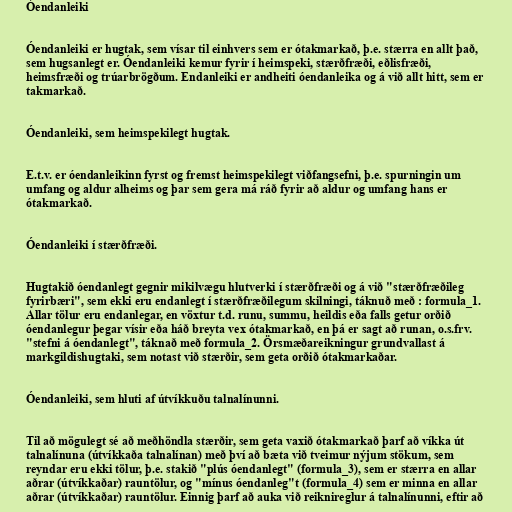
Óendanleiki

Óendanleiki er hugtak, sem vísar til einhvers sem er ótakmarkað, þ.e. stærra en allt það,
sem hugsanlegt er. Óendanleiki kemur fyrir í heimspeki, stærðfræði, eðlisfræði,
heimsfræði og trúarbrögðum. Endanleiki er andheiti óendanleika og á við allt hitt, sem er
takmarkað.

Óendanleiki, sem heimspekilegt hugtak.

E.t.v. er óendanleikinn fyrst og fremst heimspekilegt viðfangsefni, þ.e. spurningin um
umfang og aldur alheims og þar sem gera má ráð fyrir að aldur og umfang hans er
ótakmarkað.

Óendanleiki í stærðfræði.

Hugtakið óendanlegt gegnir mikilvægu hlutverki í stærðfræði og á við "stærðfræðileg
fyrirbæri", sem ekki eru endanlegt í stærðfræðilegum skilningi, táknuð með : formula_1.
Allar tölur eru endanlegar, en vöxtur t.d. runu, summu, heildis eða falls getur orðið
óendanlegur þegar vísir eða háð breyta vex ótakmarkað, en þá er sagt að runan, o.s.frv.
"stefni á óendanlegt", táknað með formula_2. Örsmæðareikningur grundvallast á
markgildishugtaki, sem notast við stærðir, sem geta orðið ótakmarkaðar.

Óendanleiki, sem hluti af útvíkkuðu talnalínunni.

Til að mögulegt sé að meðhöndla stærðir, sem geta vaxið ótakmarkað þarf að víkka út
talnalínuna (útvíkkaða talnalínan) með því að bæta við tveimur nýjum stökum, sem
reyndar eru ekki tölur, þ.e. stakið "plús óendanlegt" (formula_3), sem er stærra en allar
aðrar (útvíkkaðar) rauntölur, og "mínus óendanleg"t (formula_4) sem er minna en allar
aðrar (útvíkkaðar) rauntölur. Einnig þarf að auka við reiknireglur á talnalínunni, eftir að